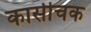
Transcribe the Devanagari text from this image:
कासीचक